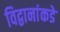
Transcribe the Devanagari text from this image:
विद्वानांकडे